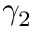
\gamma _ { 2 }